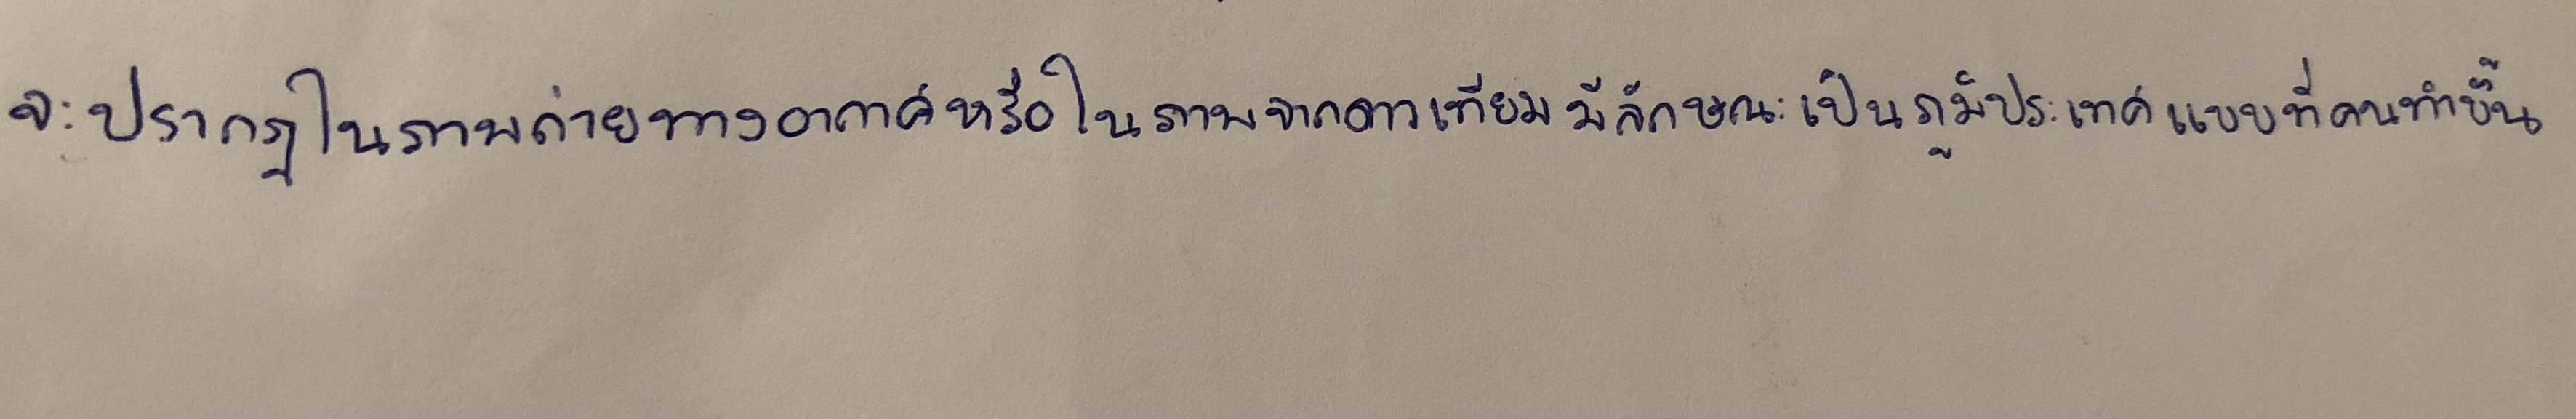
จะปรากฏในภาพถ่ายทางอากาศหรือในภาพจากดาวเทียมมีลักษณะเป็นภูมิประเทศแบบที่คนทำขึ้น